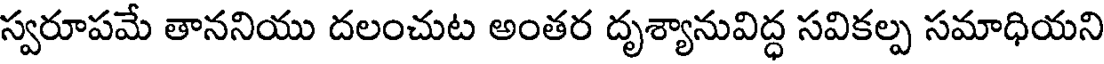
స్వరూపమే తాననియు దలంచుట అంతర దృశ్యానువిద్ధ సవికల్ప సమాధియని